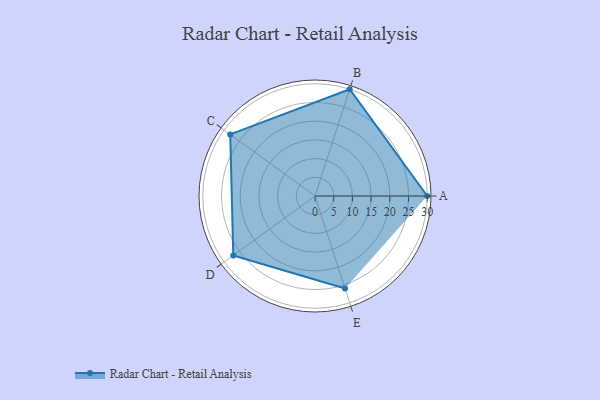
{"axis": {"x": "Skill", "y": "Score"}, "legend": ["Profile"], "data": [{"x": "A", "y": 30.0, "type": "Profile"}, {"x": "B", "y": 30.0, "type": "Profile"}, {"x": "C", "y": 28.0, "type": "Profile"}, {"x": "D", "y": 27.0, "type": "Profile"}, {"x": "E", "y": 26.0, "type": "Profile"}]}